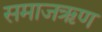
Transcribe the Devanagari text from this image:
समाजऋण